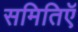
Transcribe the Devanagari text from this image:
समितिऍ